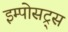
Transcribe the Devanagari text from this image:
इम्पोसट्र्स